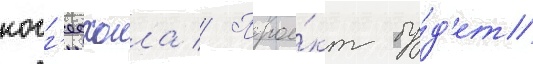
когг'есхолла // Прое́кт бу́д'ет